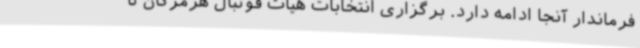
فرماندار آنجا ادامه دارد. برگزاری انتخابات هیات فوتبال هرمزگان تا